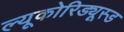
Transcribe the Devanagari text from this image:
ल्यूकोरिड्यूस्ड